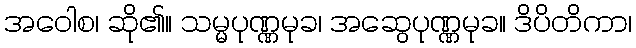
အဝေါစ၊ ဆို၏။ သမ္မပုဏ္ဏမုခ၊ အဆွေပုဏ္ဏမုခ။ ဒိပိတိကာ၊